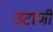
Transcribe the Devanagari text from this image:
उटाणी